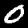
Label: 0